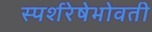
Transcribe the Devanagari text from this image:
स्पर्शरेषेभोवती